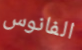
الفانوس